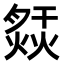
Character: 𤍙